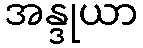
အန္ဒုယာ